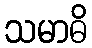
သမာဓိ